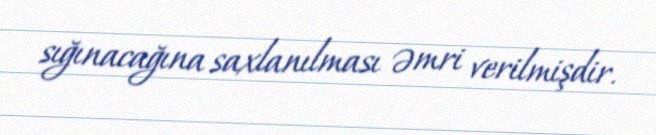
sığınacağına saxlanılması əmri verilmişdir.